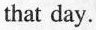
that day.